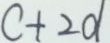
c + 2 d